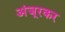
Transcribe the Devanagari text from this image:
अंजूरकर